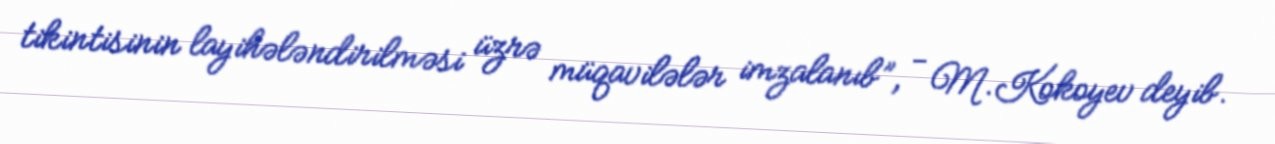
tikintisinin layihələndirilməsi üzrə müqavilələr imzalanıb”, - M.Kokoyev deyib.